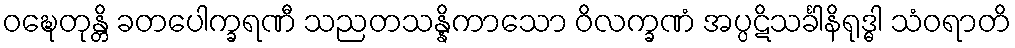
ဝဍ္ဎေတုန္တိ ခတပေါက္ခရဏီ သညတသန္နိကာသော ဝိလက္ခဏံ အပ္ပဋိသင်္ခါနိရုဒ္ဓါ သံဝရာတိ